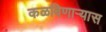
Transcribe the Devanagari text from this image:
कळविणार्‍यास